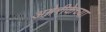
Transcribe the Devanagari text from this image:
अमेरीकेच्या